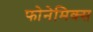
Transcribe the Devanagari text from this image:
फोनेमिक्स